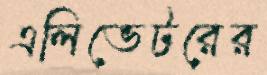
এলিভেটরের